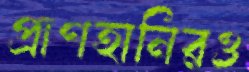
প্রাণহানিরও